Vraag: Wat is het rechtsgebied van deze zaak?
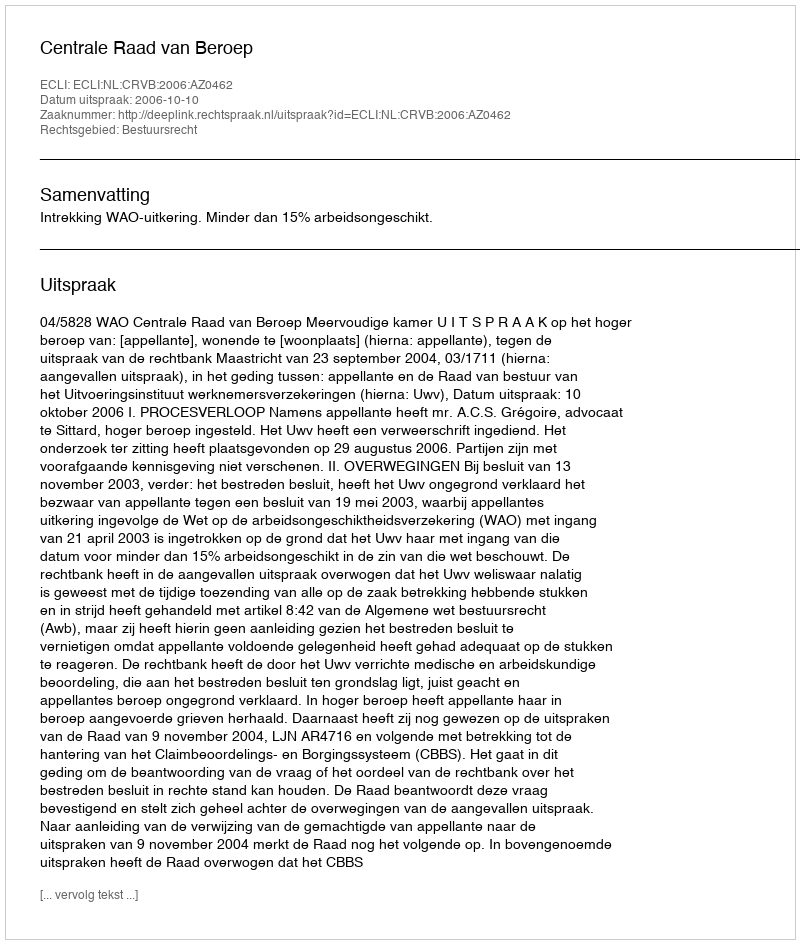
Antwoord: Bestuursrecht